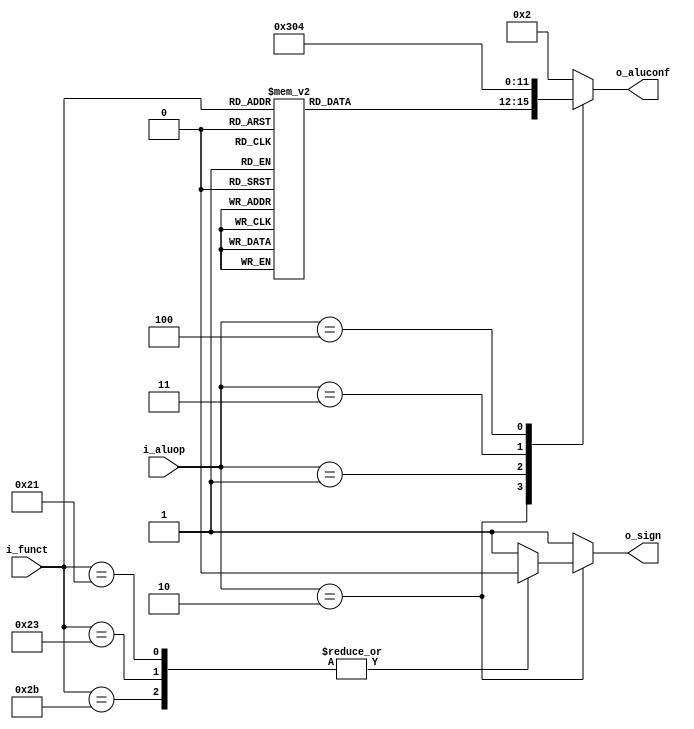
`timescale 1ns / 1ps
module ALUControl(i_aluop,
                  i_funct,
                  o_aluconf,
                  o_sign);
    //Control Signals
    input [2:0] i_aluop;
    //Inst. Signals
    input [5:0] i_funct;
    //Output Control Signals
    output reg [3:0] o_aluconf;
    output reg o_sign;
    
    // MIPS Functs
    parameter ADD_FUN  = 6'h20;
    parameter ADDU_FUN = 6'h21;
    parameter SUB_FUN  = 6'h22;
    parameter SUBU_FUN = 6'h23;
    
    parameter AND_FUN = 6'h24;
    parameter OR_FUN  = 6'h25;
    parameter XOR_FUN = 6'h26;
    parameter NOR_FUN = 6'h27;
    
    parameter SLL_FUN  = 6'h00;
    parameter SRL_FUN  = 6'h02;
    parameter SRA_FUN  = 6'h03;
    parameter SLT_FUN  = 6'h2a;
    parameter SLTU_FUN = 6'h2b;
    
    parameter JR_FUN   = 6'h08;
    parameter JALR_FUN = 6'h09;
    
    // i_aluop
    parameter I1_ALUOP  = 3'b000; // I type: lw,sw
    parameter I2_ALUOP  = 3'b001; // I type: beq and other branch commands
    parameter R_ALUOP   = 3'b010; // R type
    parameter AND_ALUOP = 3'b011; // andi
    parameter SLT_ALUOP = 3'b100; // slti, sltiu
    
    // o_aluconf signal
    parameter AND_CONF = 4'b0000; // &
    parameter OR_CONF  = 4'b0001; // |
    parameter ADD_CONF = 4'b0010; // +
    parameter SUB_CONF = 4'b0011; // -
    parameter SLT_CONF = 4'b0100; // set on less than
    parameter NOR_CONF = 4'b0101; // nor
    parameter XOR_CONF = 4'b0110; // xor
    parameter SLL_CONF = 4'b0111; // <<
    parameter SRL_CONF = 4'b1000; // >>
    parameter SRA_CONF = 4'b1001; // >>(a)

    initial begin
        o_sign <= 1;
    end
    
    // step 1: to decide the signed & unsigned
    // I & R type
    always @(*) begin
        case(i_aluop)
        R_ALUOP: begin
            case(i_funct)
                ADDU_FUN,SUBU_FUN,SLTU_FUN: o_sign <= 0;
                default: o_sign                    <= 1;
            endcase
        end
        default:o_sign <= 1;
        endcase
    end

    always @(*) begin
        case(i_aluop)
        R_ALUOP:begin // R type, decide the o_aluconf by i_funct
            case(i_funct)
                ADD_FUN,ADDU_FUN:o_aluconf  <= ADD_CONF;
                SUB_FUN,SUBU_FUN:o_aluconf  <= SUB_CONF;
                AND_FUN:o_aluconf <= AND_CONF;
                OR_FUN:o_aluconf  <= OR_CONF;
                XOR_FUN:o_aluconf <= XOR_CONF;
                NOR_FUN:o_aluconf <= NOR_CONF;
                SLT_FUN,SLTU_FUN:o_aluconf  <= SLT_CONF;
                SLL_FUN:o_aluconf  <= SLL_CONF;
                SRL_FUN:o_aluconf  <= SRL_CONF;
                SRA_FUN:o_aluconf  <= SRA_CONF;
                default:o_aluconf  <= ADD_CONF;
            endcase
        end
        I1_ALUOP: // use add
            o_aluconf <= ADD_CONF;
        I2_ALUOP: // use sub
            o_aluconf <= SUB_CONF;
        AND_ALUOP: // use and
            o_aluconf <= AND_CONF;
        SLT_ALUOP: // use slt
            o_aluconf <= SLT_CONF;
        default:
            o_aluconf <= ADD_CONF;
        endcase
    end
    
endmodule